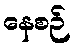
နေစဉ်